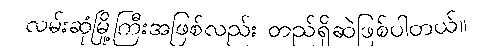
လမ်းဆုံမြို့ကြီးအဖြစ်လည်း တည်ရှိဆဲဖြစ်ပါတယ်။